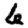
Digit: 6